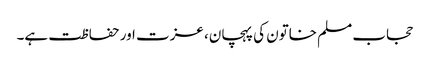
حجاب مسلم خاتون کی پہچان، عزت اور حفاظت ہے۔